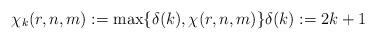
LaTeX: \begin{align*}\chi_k(r,n,m):=\max\{\delta(k),\chi(r,n,m)\}\delta(k):=2k+1\end{align*}